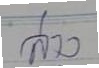
ล่าง